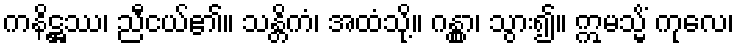
ကနိဋ္ဌဿ၊ ညီငယ်၏။ သန္တိကံ၊ အထံသို့။ ဂန္တွာ၊ သွား၍။ ဣမသ္မိံ ကုလေ၊